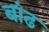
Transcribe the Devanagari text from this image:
बांढ